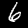
Digit: 6